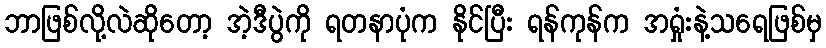
ဘာဖြစ်လို့လဲဆိုတော့ အဲ့ဒီပွဲကို ရတနာပုံက နိုင်ပြီး ရန်ကုန်က အရှုံးနဲ့သရေဖြစ်မှ